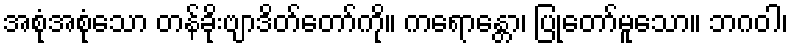
အစုံအစုံသော တန်ခိုးဗျာဒိတ်တော်ကို။ ကရောန္တော၊ ပြုတော်မူသော။ ဘဂဝါ၊